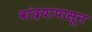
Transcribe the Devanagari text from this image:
वांद्रयापासून